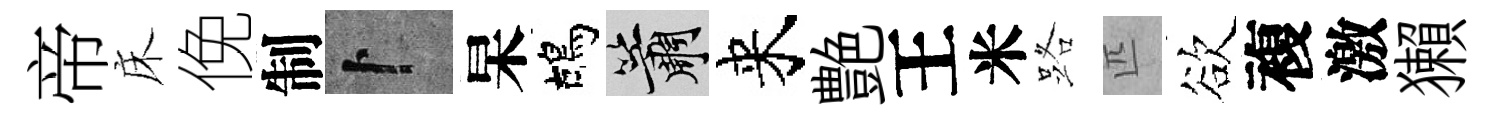
帝床俛制卜杲鴣簫来艶王米路匹欲複激獺